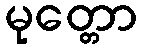
မုတ္တော